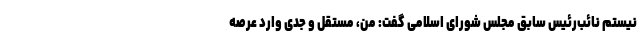
نیستم نائب‌رئیس سابق مجلس شورای اسلامی گفت: من، مستقل و جدی وارد عرصه